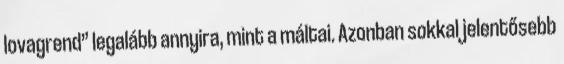
lo­vagrend” legalább annyi­ra, mint a máltai. Azonban sokkal jelentősebb